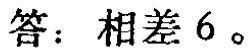
答：相差 6。